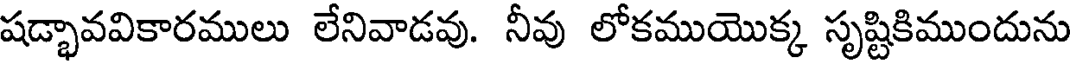
షడ్భావవికారములు లేనివాడవు. నీవు లోకముయొక్క సృష్టికిముందును